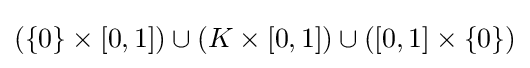
(\{0\}\times [0,1])\cup (K\times [0,1])\cup ([0,1]\times \{0\})